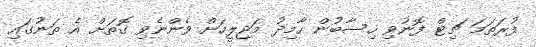
ފުރަތަމަ ޗިޓް ފޮނުވި ހިސާބުން ހާމިދު މަޖިލީހަށް ވެންނެވި ގޮތަށް އެ ތަނުގައި